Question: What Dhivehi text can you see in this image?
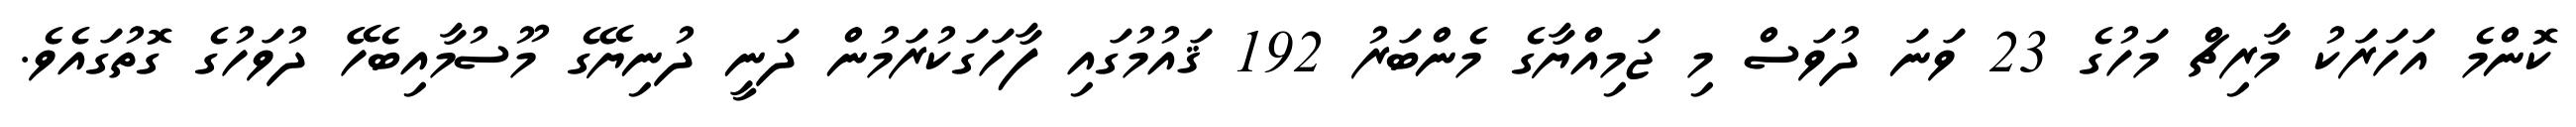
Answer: ކޮންމެ އަހަރަކު މާރިޗް މަހުގެ 23 ވަނަ ދުވަސް މި ޖަމިއްޔާގެ މެންބަރު 192 ޤައުމުގައި ފާހަގަކުރަމުން ދަނީ ދުނިޔޭގެ މޫސުމާއިބެހޭ ދުވަހުގެ ގޮތުގައެވެ.